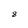
Character: 8